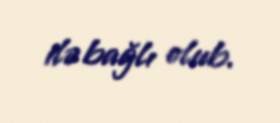
ilə bağlı olub.